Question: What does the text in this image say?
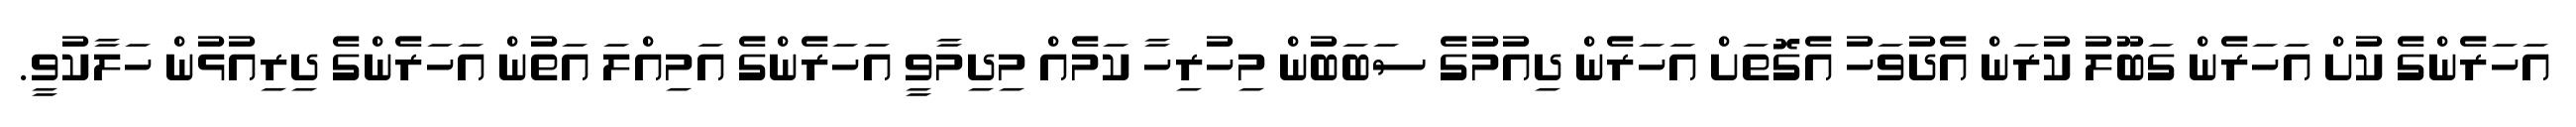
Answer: އަހަރެންގެ ކުށް އަހަރެން ގަބޫލު ކުރަން އެދުވަހު އެގޮތަށް އަހަރެން ދިއުމުގެ ސަބަބުން މިހުރިހާ ކަމެއް މިދިމާވީ އަހަރެންގެ އަމިއްލަ އަތުން އަހަރެންގެ ދިރިއުޅުން ހަލާކުވީ.